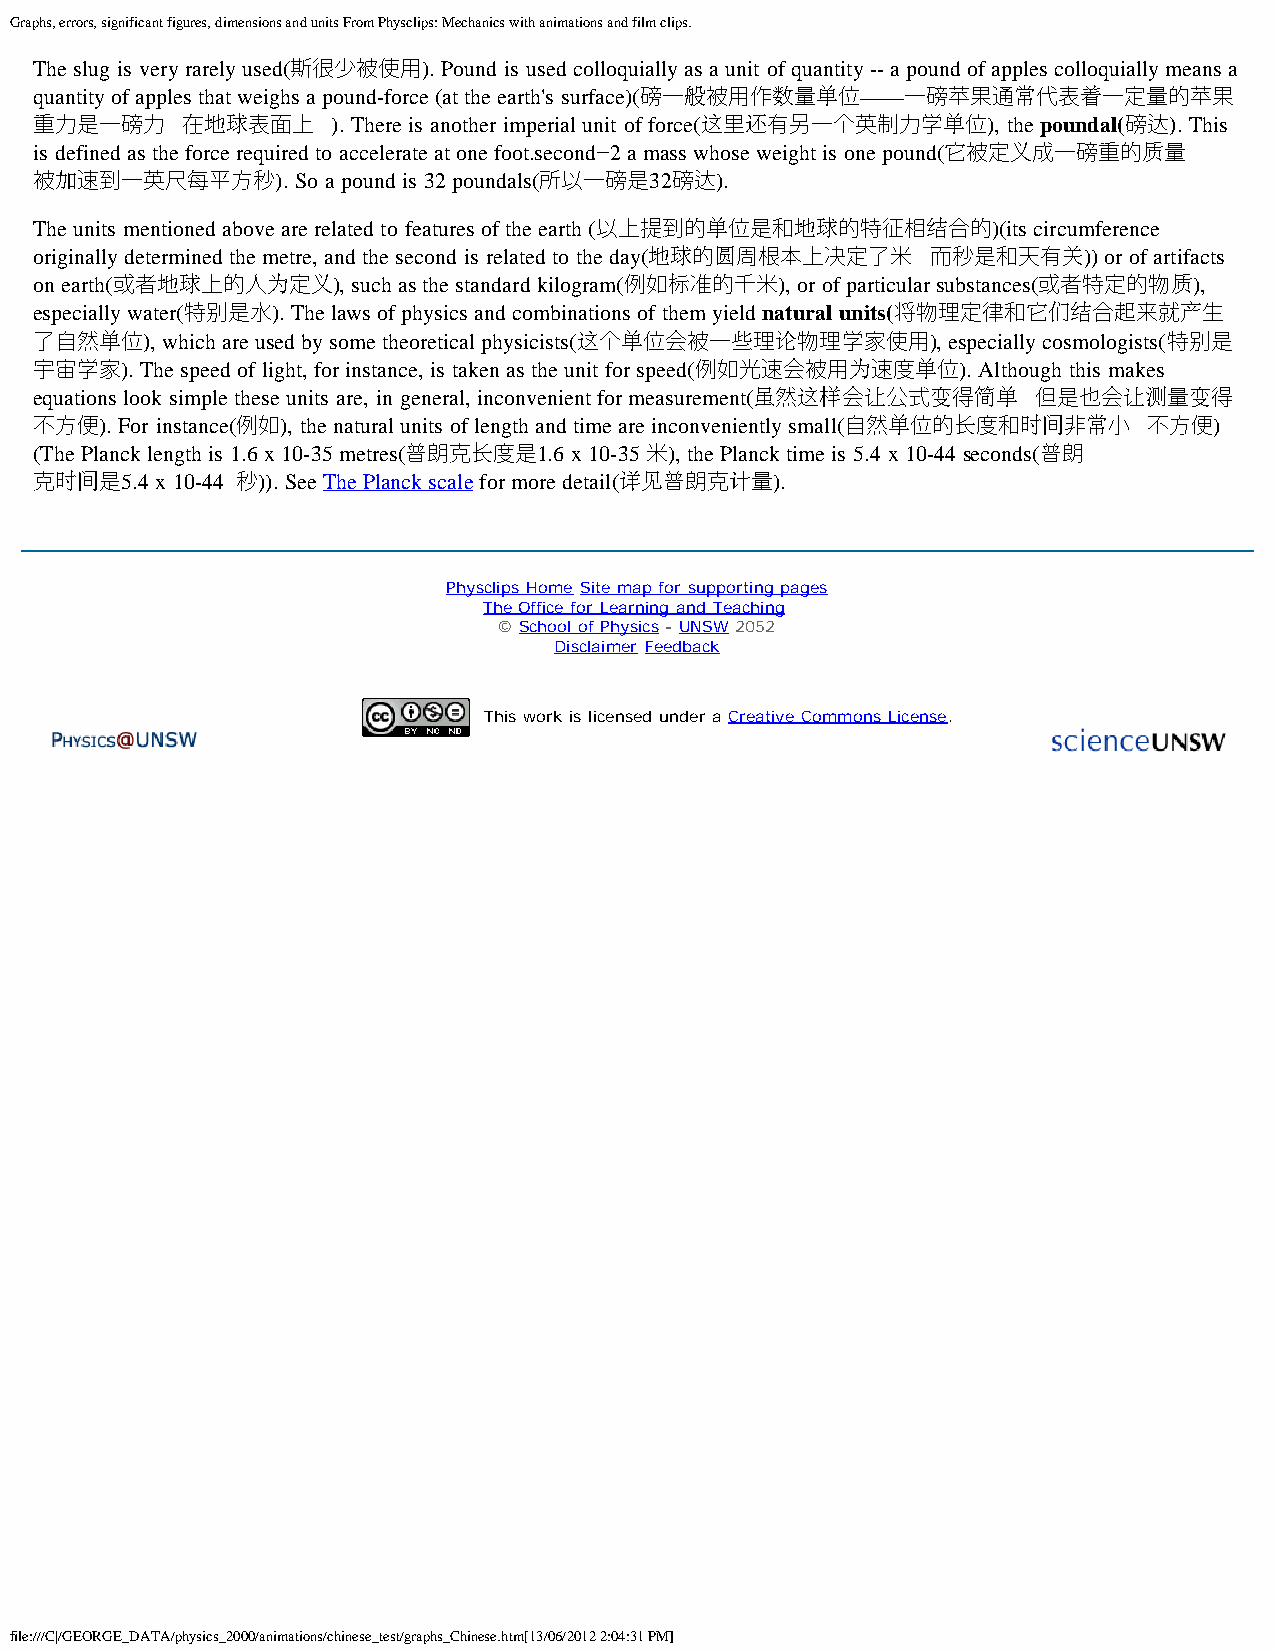
Graphs, errors, significant figures, dimensions and units From Physclips: Mechanics with animations and film clips.
 The slug is very rarely used(斯很少被使用). Pound is used colloquially as a unit of quantity -- a pound of apples colloquially means a
 quantity of apples that weighs a pound-force (at the earth's surface)(磅一般被用作数量单位——一磅苹果通常代表着一定量的苹果
 重力是一磅力    在地球表面上    ). There is another imperial unit of force(这里还有另一个英制力学单位), the poundal(磅达). This
 is defined as the force required to accelerate at one foot.second−2 a mass whose weight is one pound(它被定义成一磅重的质量
 被加速到一英尺每平方秒).     So a pound is 32 poundals(所以一磅是32磅达).
 The units mentioned above are related to features of the earth (以上提到的单位是和地球的特征相结合的)(its circumference
 originally determined the metre, and the second is related to the day(地球的圆周根本上决定了米 而秒是和天有关)) or of artifacts
 on earth(或者地球上的人为定义), such as the standard kilogram(例如标准的千米), or of particular substances(或者特定的物质),
 especially water(特别是水). The laws of physics and combinations of them yield natural units(将物理定律和它们结合起来就产生
 了自然单位),  which are used by some theoretical physicists(这个单位会被一些理论物理学家使用), especially cosmologists(特别是
 宇宙学家). The speed of light, for instance, is taken as the unit for speed(例如光速会被用为速度单位). Although this makes
 equations look simple these units are, in general, inconvenient for measurement(虽然这样会让公式变得简单 但是也会让测量变得
 不方便). For instance(例如), the natural units of length and time are inconveniently small(自然单位的长度和时间非常小 不方便)
 (The Planck length is 1.6 x 10-35 metres(普朗克长度是1.6 x 10-35 米), the Planck time is 5.4 x 10-44 seconds(普朗
 克时间是5.4 x 10-44 秒)). See The Planck scale for more detail(详见普朗克计量).
 Physclips Home Site map for supporting pages
 The Office for Learning and Teaching
 © School of Physics - UNSW 2052
 Disclaimer Feedback
 This work is licensed under a Creative Commons License.
 file:///C|/GEORGE_DATA/physics_2000/animations/chinese_test/graphs_Chinese.htm[13/06/2012 2:04:31 PM]